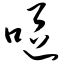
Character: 呕